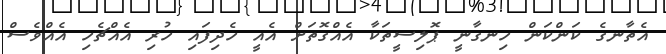
އެތާނގެ ކަންކަން ހިނގާނީ ޕޮލިސީތަކާ އެއްގޮތަށް އެއީ ހެދިފައި ހުރި އެއްޗެހި އެއްވެސް